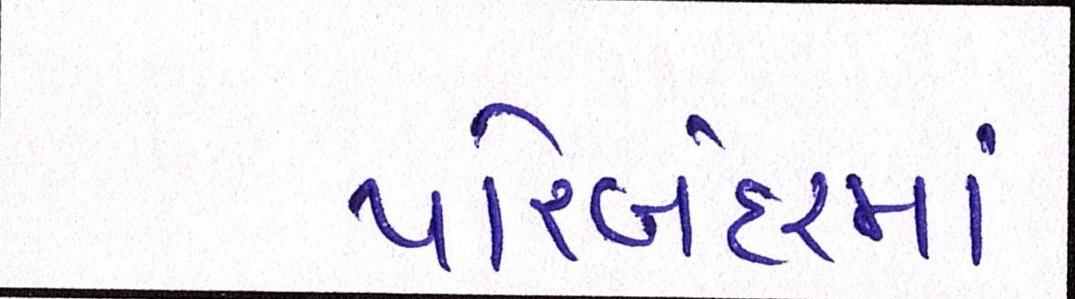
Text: પોરબંદરમાં